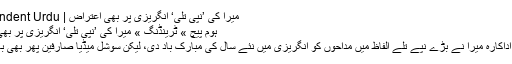
میرا کی ’نپی تلی‘ انگریزی پر بھی اعتراض | Independent Urdu
ہوم پیچ » ٹرینڈنگ » میرا کی ’نپی تلی‘ انگریزی پر بھی اعتراض
اس مرتبہ اداکارہ میرا نے بڑے نپے تُلے الفاظ میں مداحوں کو انگریزی میں نئے سال کی مبارک باد دی، لیکن سوشل میڈیا صارفین پھر بھی باز نہ آئے۔